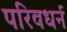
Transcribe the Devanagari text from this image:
परिवधर्न